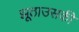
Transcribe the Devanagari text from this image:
झूठाउसकी